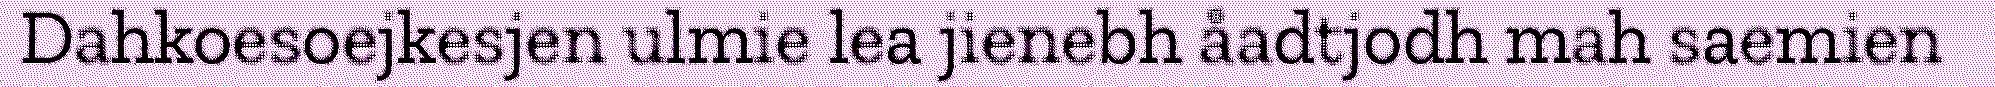
Dahkoesoejkesjen ulmie lea jienebh åadtjodh mah saemien